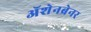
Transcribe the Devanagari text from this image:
ॲशेनब्रेनर